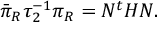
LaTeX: \bar { \pi } _ { R } \tau _ { 2 } ^ { - 1 } \pi _ { R } = N ^ { t } H N .